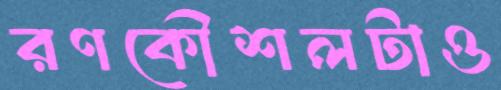
রণকৌশলটাও